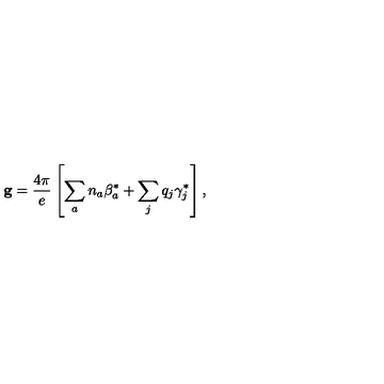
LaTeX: { \bf g } = { \frac { 4 \pi } { e } } \left[ \sum _ { a } n _ { a } { \mathrm { \boldmath \beta } } _ { a } ^ { * } + \sum _ { j } q _ { j } { \mathrm { \boldmath \gamma } } _ { j } ^ { * } \right] ,